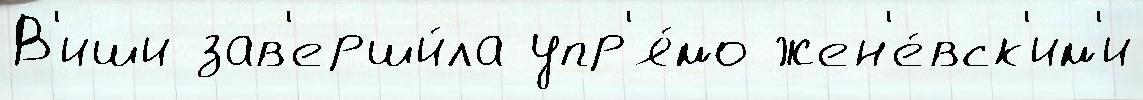
В'иши зав'ерши́ла упр'я́мо жен'е́вск'им'и